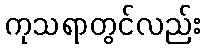
ကုသရာတွင်လည်း